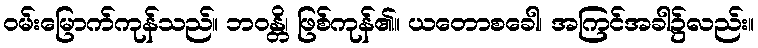
ဝမ်းမြောက်ကုန်သည်။ ဘဝန္တိ၊ ဖြစ်ကုန်၏။ ယတောစခေါ၊ အကြင်အခါ၌လည်း။